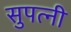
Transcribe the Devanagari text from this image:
सुपत्नी